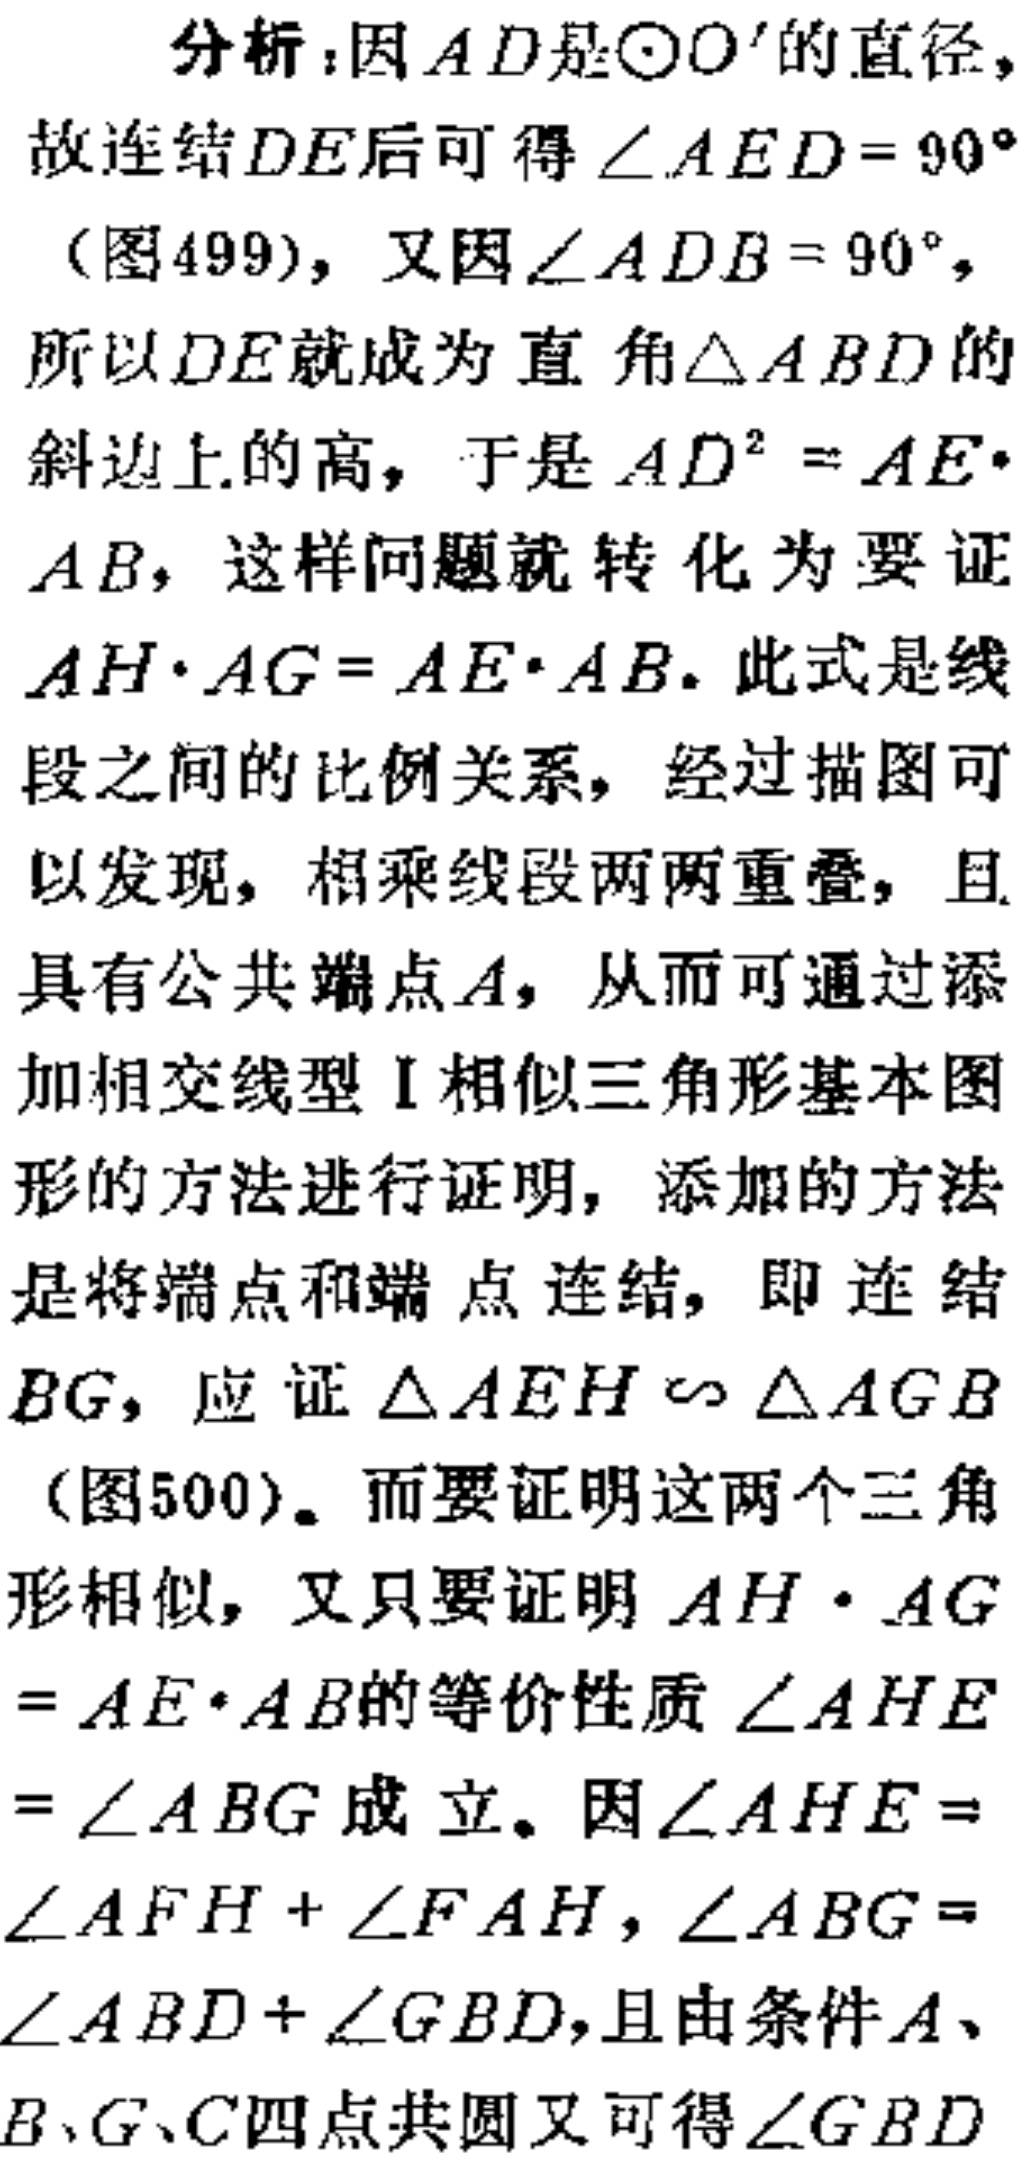
分析：因\(AD\)是\(\odot O'\)的直径，
故连结\(DE\)后可得\(\angle AED = 90^{\circ}\)
（图499），又因\(\angle ADB = 90^{\circ}\)，
所以\(DE\)就成为直角\(\triangle ABD\)的
斜边上的高，于是\(AD^{2}=AE\cdot\)
\(AB\)，这样问题就转化为要证
\(AH\cdot AG = AE\cdot AB\)。此式是线
段之间的比例关系，经过描图可
以发现，相乘线段两两重叠，且
具有公共端点\(A\)，从而可通过添
加相交线型Ⅰ相似三角形基本图
形的方法进行证明，添加的方法
是将端点和端点连结，即连结
\(BG\)，应证\(\triangle AEH\sim\triangle AGB\)
（图500）。而要证明这两个三角
形相似，又只要证明\(AH\cdot AG\)
\(= AE\cdot AB\)的等价性质\(\angle AHE\)
\(=\angle ABG\)成立。因\(\angle AHE =\)
\(\angle AFH+\angle FAH\)，\(\angle ABG =\)
\(\angle ABD+\angle GBD\)，且由条件\(A\)、
\(B\)、\(G\)、\(C\)四点共圆又可得\(\angle GBD\)